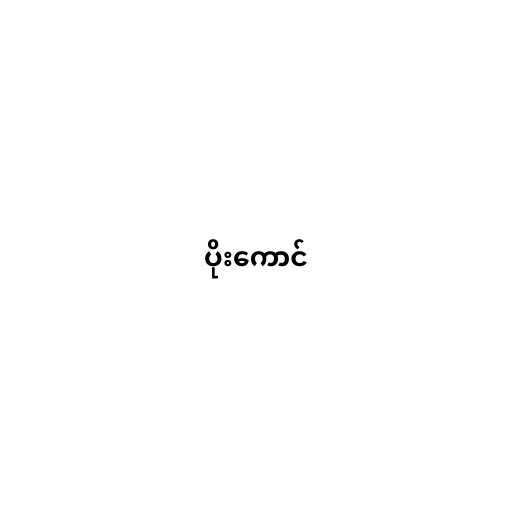
ပိုးကောင်